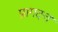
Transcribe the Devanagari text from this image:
प्रागदत्त